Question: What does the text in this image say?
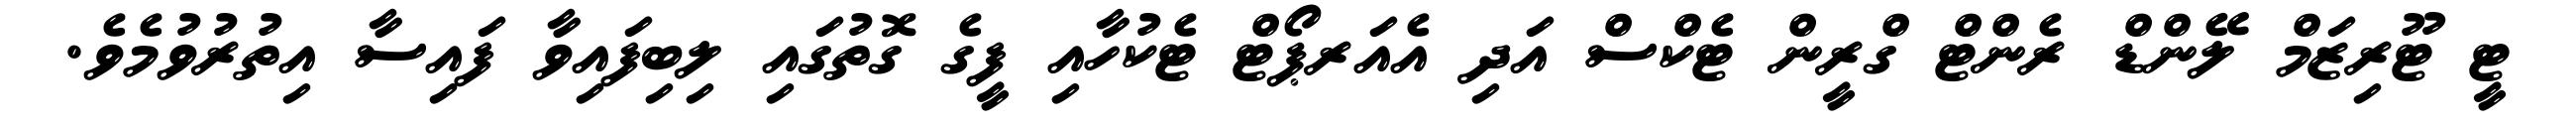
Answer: ޓީ ޓޫރިޒަމް ލޭންޑް ރެންޓް ގްރީން ޓެކްސް އަދި އެއަރޕޯޓް ޓެކުހާއި ފީގެ ގޮތުގައި ލިބިފައިވާ ފައިސާ އިތުރުވުމެވެ.